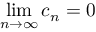
\operatorname* { l i m } _ { n \to \infty } c _ { n } = 0